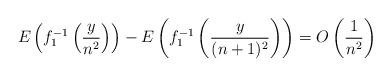
LaTeX: \begin{gather*} E\left(f_1^{-1}\left(\frac{y}{n^2}\right)\right) - E\left(f_1^{-1}\left(\frac{y}{(n+1)^2}\right)\right) = O\left(\frac{1}{n^2}\right)\end{gather*}